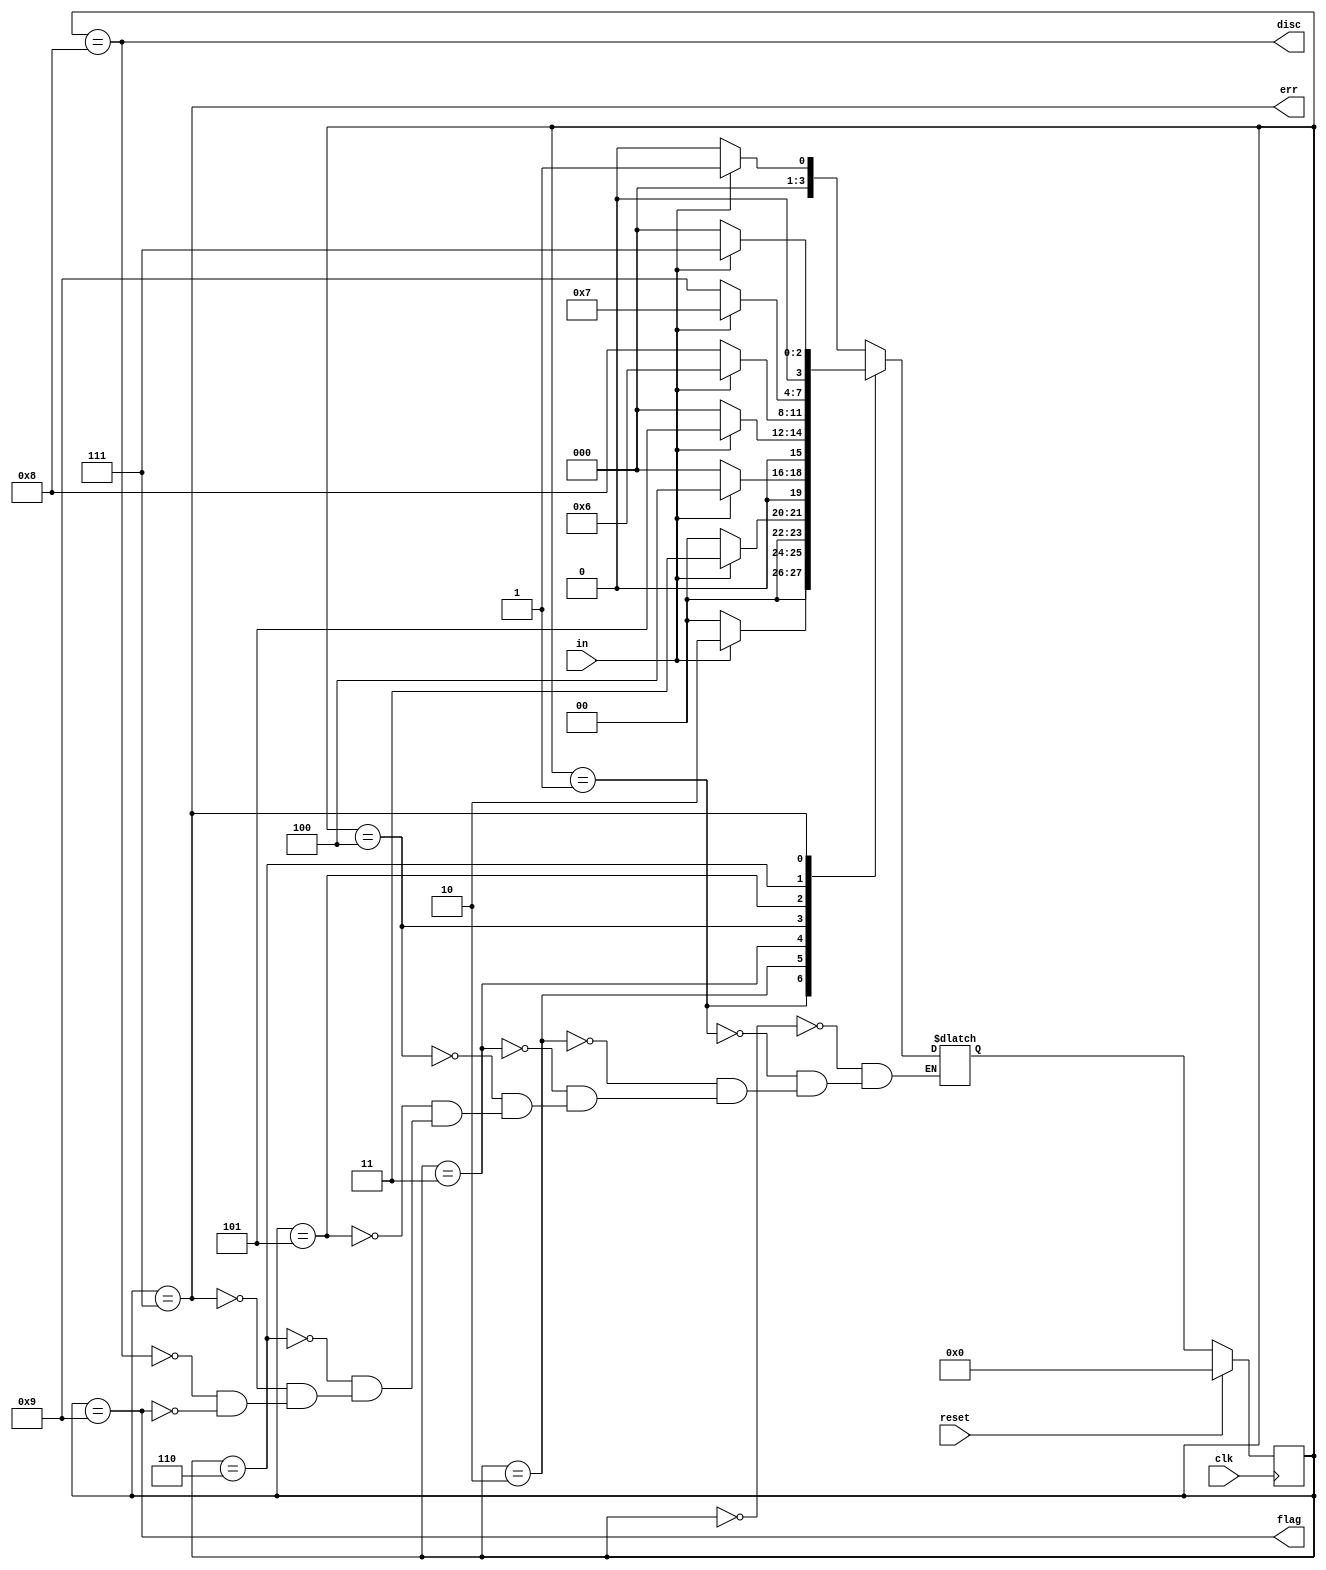
module top_module(
    input clk,
    input reset,    // Synchronous reset
    input in,
    output disc,
    output flag,
    output err);
    localparam [3:0] NONE=4'b0000,
    				ONE = 4'b0001,
    				TWO = 4'b0010,	
    				THREE = 4'b0011,
    				FOUR = 4'b0100,
    				FIVE = 4'b0101,
    				SIX = 4'b0110,
    				ERROR = 4'b0111,
    				DISCARD = 4'b1000,
    				FLAG = 4'b1001;
    reg [3:0] state, next;
    always @(*)begin
        case(state)
            NONE : next = (in)? ONE: NONE;
            ONE : next = (in)? TWO: NONE;
            TWO : next = (in)? THREE: NONE;
            THREE : next = (in)? FOUR: NONE;
            FOUR : next = (in)? FIVE: NONE;
            FIVE : next = (in)? SIX: DISCARD;
            SIX : next = (in)? ERROR : FLAG;
            ERROR : next = (in)? ERROR : NONE;
            DISCARD: next  = (in)? ONE: NONE;
            FLAG : next = (in)? ONE: NONE;
        endcase
    end
    always @(posedge clk)begin
        if(reset)
            state <= 4'b0000;
        else 
            state <= next;
    end
    assign disc = (state==DISCARD);
    assign flag = (state == FLAG);
    assign err = (state == ERROR);
            

endmodule